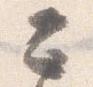
二